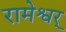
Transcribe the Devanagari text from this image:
रामेश्वर्